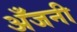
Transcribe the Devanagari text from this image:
अँजनी